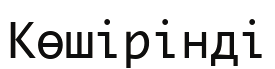
Көшірінді